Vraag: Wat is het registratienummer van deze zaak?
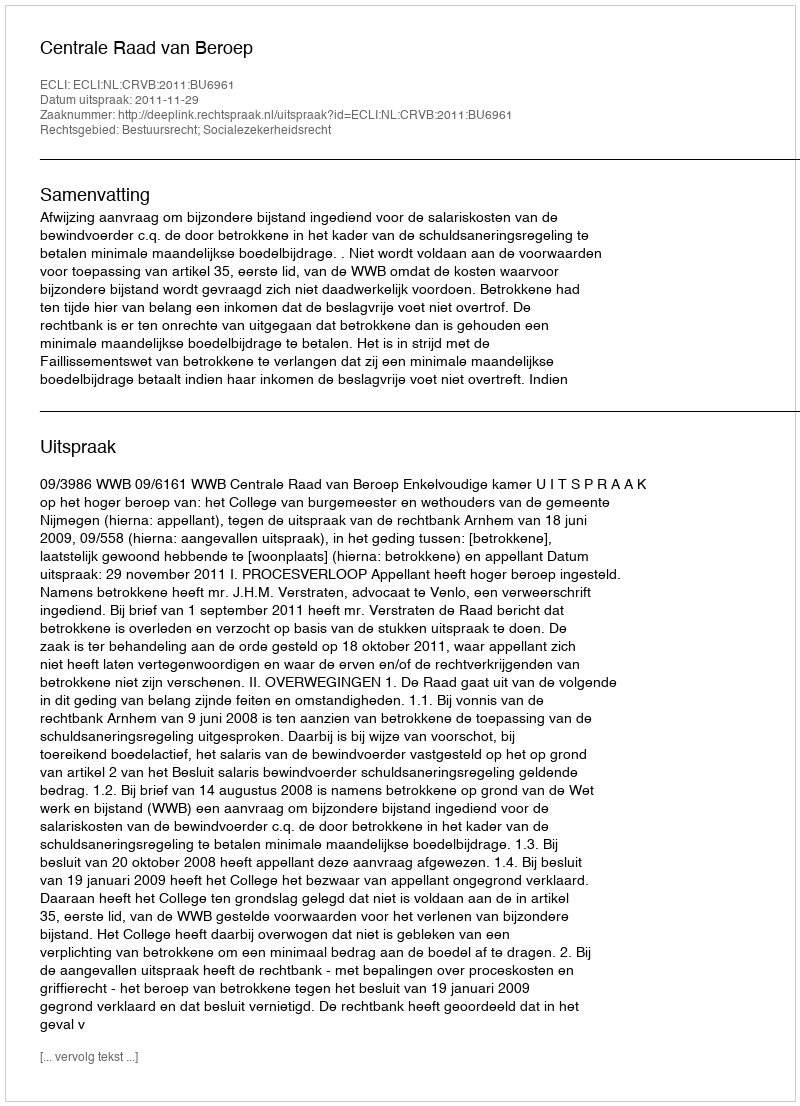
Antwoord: http://deeplink.rechtspraak.nl/uitspraak?id=ECLI:NL:CRVB:2011:BU6961